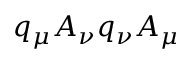
q _ { \mu } A _ { \nu } q _ { \nu } A _ { \mu }